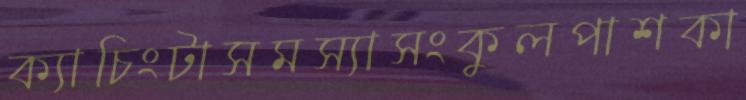
ক্যাচিংটাসমস্যাসংকুলপাশকা